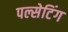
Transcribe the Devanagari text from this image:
पल्सेटिंग